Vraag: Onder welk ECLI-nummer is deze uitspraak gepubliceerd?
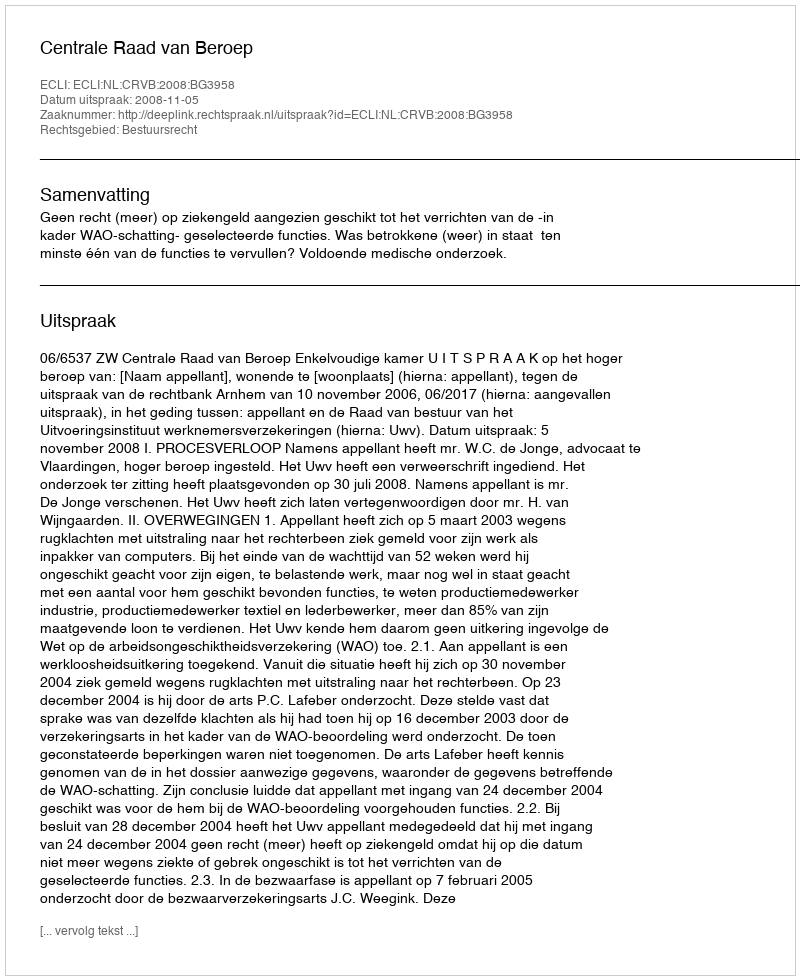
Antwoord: ECLI:NL:CRVB:2008:BG3958